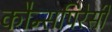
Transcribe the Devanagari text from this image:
कौन्सपिरेसी